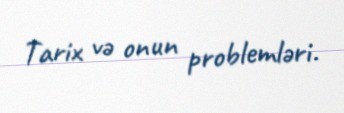
Tarix və onun problemləri.